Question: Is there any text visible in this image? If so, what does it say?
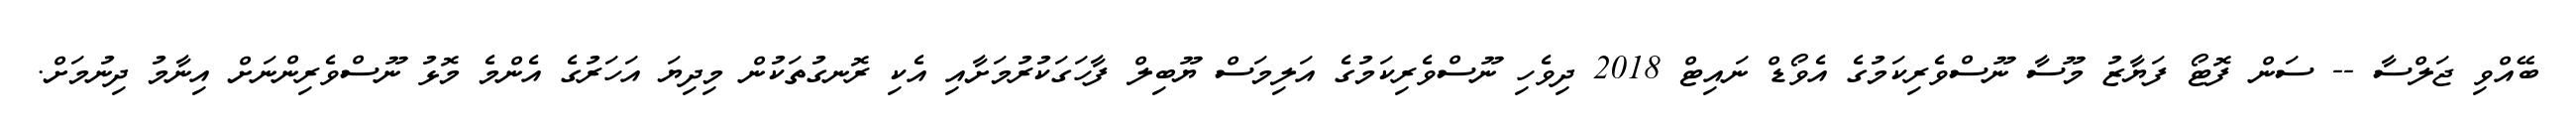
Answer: ބޭއްވި ޖަލްސާ -- ސަން ފޮޓޯ ފަޔާޒު މޫސާ ނޫސްވެރިކަމުގެ އެވޯޑް ނައިޓް 2018 ދިވެހި ނޫސްވެރިކަމުގެ އަލިމަސް ޔޫބިލް ފާހަގަކުރުމަށާއި އެކި ރޮނގުތަކުން މިދިޔަ އަހަރުގެ އެންމެ މޮޅު ނޫސްވެރިންނަށް އިނާމު ދިނުމަށް.